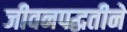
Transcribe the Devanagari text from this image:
जीवनपद्धतीने